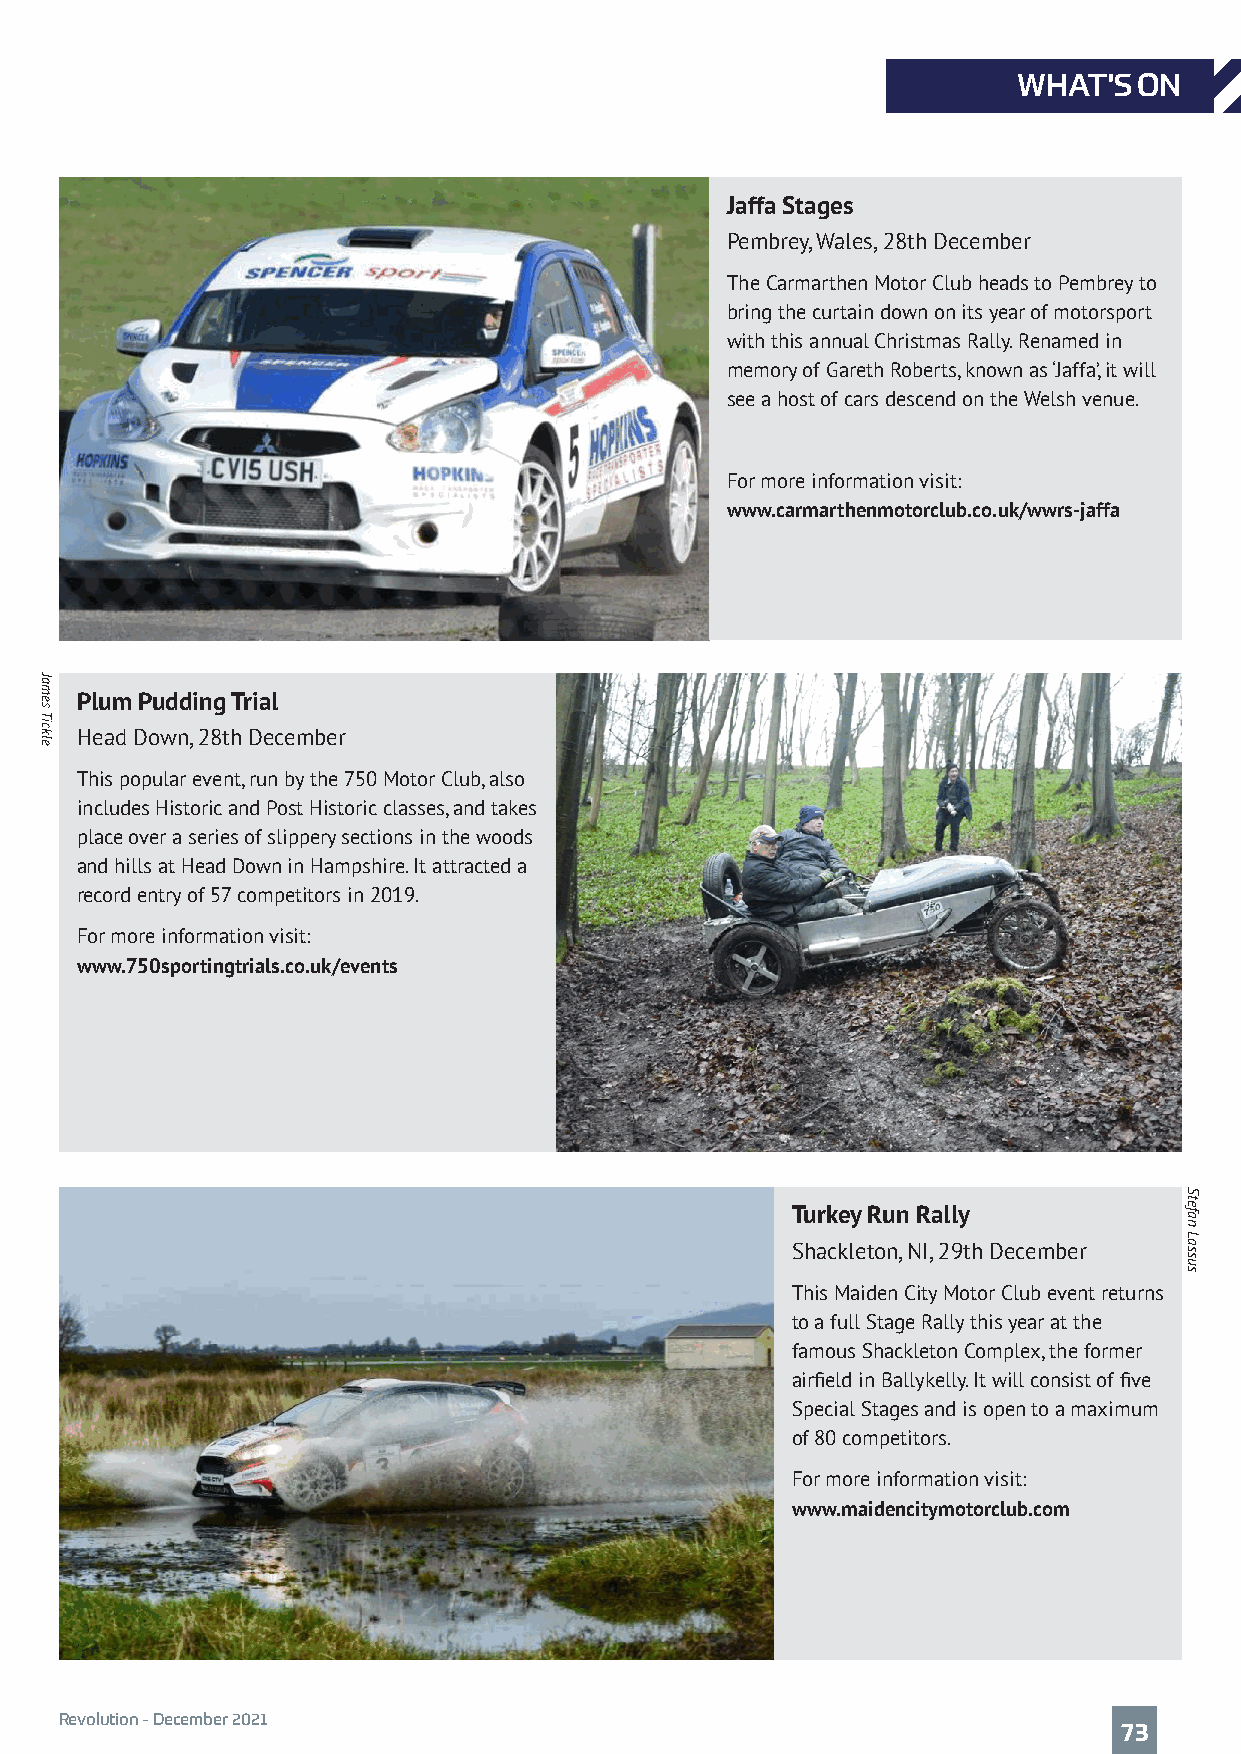
WHAT'S  ON
 Jaffa Stages
 Pembrey, Wales, 28th December
 The Carmarthen Motor Club heads to Pembrey to
 bring the curtain down on its year of motorsport
 with this annual Christmas Rally. Renamed in
 memory of Gareth Roberts, known as ‘Jaffa’, it will
 see a host of cars descend on the Welsh venue.
 For more information visit:
 www.carmarthenmotorclub.co.uk/wwrs-jaffa
 Plum Pudding Trial
 Head Down, 28th December
 This popular event, run by the 750 Motor Club, also
 includes Historic and Post Historic classes, and takes
 place over a series of slippery sections in the woods
 and hills at Head Down in Hampshire. It attracted a
 record entry of 57 competitors in 2019.
 For more information visit:
 www.750sportingtrials.co.uk/events
 Turkey Run Rally
 Shackleton, NI, 29th December
 This Maiden City Motor Club event returns
 to a full Stage Rally this year at the
 famous Shackleton Complex, the former
 airfield in Ballykelly. It will consist of five
 Special Stages and is open to a maximum
 of 80 competitors.
 For more information visit:
 www.maidencitymotorclub.com
 Revolution - December 2021
 73
 James
 Tickle
 Stefan
 Lassus